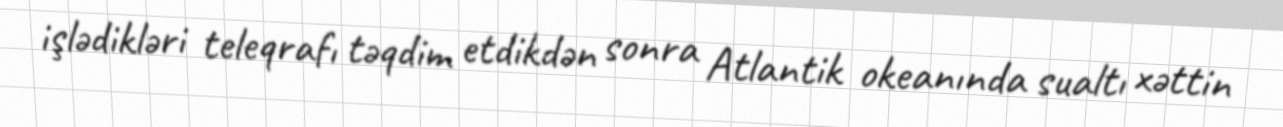
işlədikləri teleqrafı təqdim etdikdən sonra Atlantik okeanında sualtı xəttin